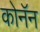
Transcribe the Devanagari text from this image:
कोनॅन